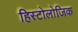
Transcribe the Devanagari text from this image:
हिस्टोलोजिक